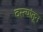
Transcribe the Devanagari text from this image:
वस्त्यांतून